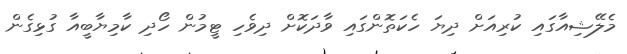
މެލޭޝިއާގައި ކުރިއަށް ދިޔަ ހެކަތޮންގައި ވާދަކޮށް ދިވެހި ޓީމުން ހޯދި ކާމިޔާބީއާ ގުޅިގެން